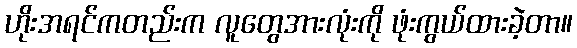
ဟိုးအရင်ကတည်းက လူတွေအားလုံးကို ဖုံးကွယ်ထားခဲ့တာ။